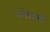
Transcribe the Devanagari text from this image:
कोसाची